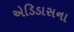
એડિડાસના